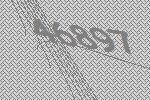
46897